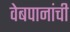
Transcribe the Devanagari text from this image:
वेबपानांची